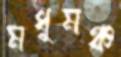
মধুমঞ্চ